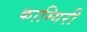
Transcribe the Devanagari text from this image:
काम्गिरी